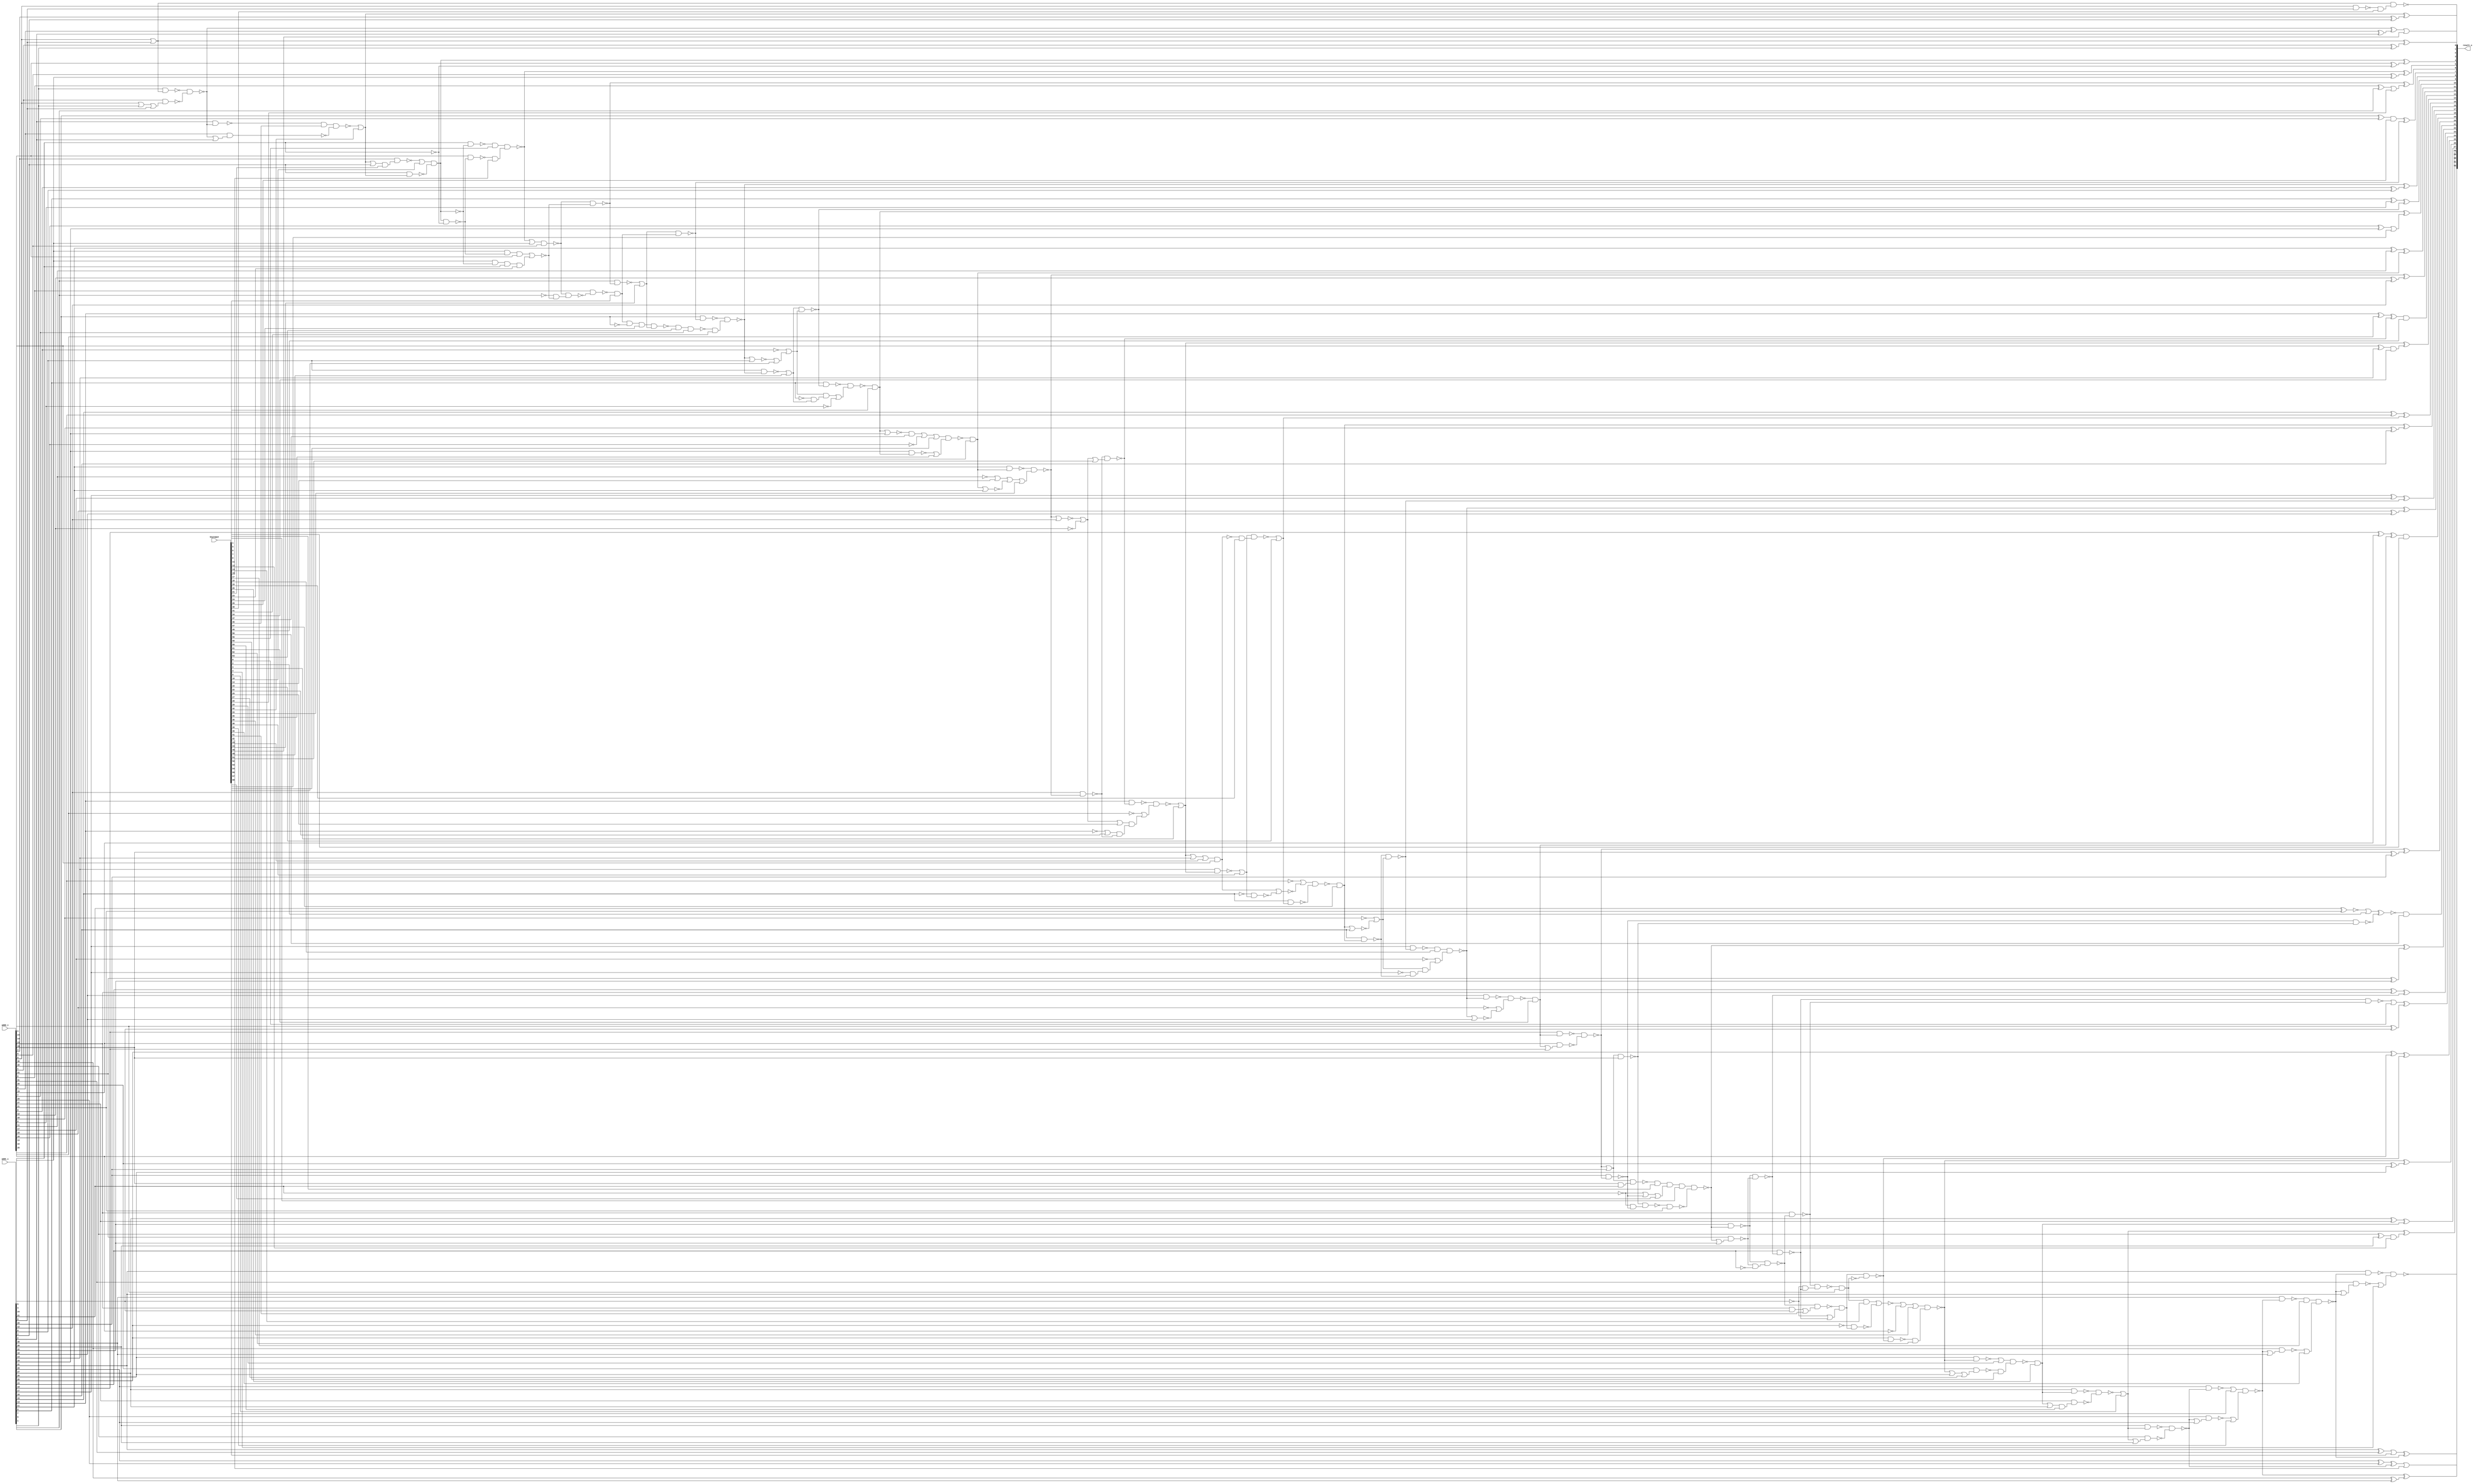
// Verilog File 
module carry_lookahead_adder32_aor_enc64(add1_i,add2_i,keyinput,result_o);

input [31:0] add1_i, add2_i;
input [63:0] keyinput;


output [32:0] result_o;

wire n659, n660, n663, xenc28, n664, n665, n666, xenc32, n669, 
n678, n679, n684, n685, xenc45, xenc9, xenc12, n691, n700, n701, 
xenc0, n711, n720, n721, n730, n731, n736, n737, n742, n743, 
xenc47, n753, xenc3, xenc34, n763, n772, n773, xenc11, xenc54, n783, 
n830, n826, n832, n828, n836, n838, n834, xenc56, xenc16, n803, 
n814, n802, n815, n816, n827, n817, xenc25, n818, n889, xenc22, 
n769, n819, n833, n820, n821, n839, n822, n749, xenc52, n823, 
n824, n829, n825, xenc48, n770, n785, n864, n788, n831, n750, 
n835, n740, n888, n890, n875, xenc14, n837, n775, xenc8, n745, 
xenc57, n673, n840, n841, xenc20, n842, n683, xenc42, n843, n715, 
n844, n705, n655, n846, xenc23, n845, n847, n729, n799, xenc13, 
n849, n876, n871, n848, n861, n707, n850, n851, n891, xenc43, 
n860, xenc38, n852, n747, n853, xenc61, xenc7, n854, xenc15, n726, 
n855, n767, xenc49, n856, n658, n857, xenc26, n662, n858, n656, 
n859, n717, n862, n714, n718, n863, xenc37, n780, n865, xenc41, 
n866, n867, n868, n712, n869, n870, n708, n873, n874, n872, 
n703, n880, n877, xenc6, xenc60, n722, n879, n727, n878, n881, 
n882, n724, n728, n725, xenc21, n805, xenc24, xenc44, n792, xenc1, 
n884, n883, n885, n886, n795, n887, n813, n798, n677, n676, 
n689, n688, n687, xenc51, n765, n755, n812, n811, n810, n670, 
xenc4, xenc29, xenc58, n695, n719, n760, n787, n794, n804, n806, 
n807, n809, n672, n671, xenc27, n698, xenc36, xenc62, n754, n752, 
xenc46, n808, n668, n732, n733, n734, n774, xenc33, n790, xenc31, 
xenc63, n791, n675, n739, n759, n761, n779, xenc17, xenc40, n735, 
xenc19, n757, xenc53, xenc35, n777, xenc55, xenc39, n682, n681, n692, 
n693, n690, xenc59, xenc5, n723, xenc18, n764, n762, n784, n782, 
xenc10, xenc30, xenc2, xenc50, n680, n694, n697, n699, n702, n744, 
n793;

xor g0(result_o[8], n659, n660);
xor g1(n660, add2_i[8], add1_i[8]);
xor g2(result_o[6], n663, xenc28);
xor g3(n664, add2_i[6], add1_i[6]);
xor g4(result_o[5], n665, n666);
xor g5(n666, add2_i[5], add1_i[5]);
xor g6(result_o[3], xenc32, n669);
xor g7(n669, add2_i[3], add1_i[3]);
xor g8(result_o[30], n678, n679);
xor g9(n679, add2_i[30], add1_i[30]);
xor g10(xenc45, n684, n685);
xor g11(n685, add2_i[2], add1_i[2]);
xor g12(result_o[28], xenc9, xenc12);
xor g13(n691, add2_i[28], add1_i[28]);
xor g14(result_o[26], n700, n701);
xor g15(n701, add2_i[26], add1_i[26]);
xor g16(result_o[24], xenc0, n711);
xor g17(n711, add2_i[24], add1_i[24]);
xor g18(result_o[22], n720, n721);
xor g19(n721, add2_i[22], add1_i[22]);
xor g20(result_o[20], n730, n731);
xor g21(n731, add2_i[20], add1_i[20]);
xor g22(result_o[1], n736, n737);
xor g23(n737, add2_i[1], add1_i[1]);
xor g24(result_o[18], n742, n743);
xor g25(n743, add2_i[18], add1_i[18]);
xor g26(result_o[16], xenc47, n753);
xor g27(n753, add2_i[16], add1_i[16]);
xor g28(result_o[14], xenc3, xenc34);
xor g29(n763, add2_i[14], add1_i[14]);
xor g30(result_o[12], n772, n773);
xor g31(n773, add2_i[12], add1_i[12]);
xor g32(result_o[10], xenc11, xenc54);
xor g33(n783, add2_i[10], add1_i[10]);
or g34(n736, add2_i[0], add1_i[0]);
not g35(n830, add2_i[8]);
not g36(n826, add2_i[12]);
not g37(n832, add2_i[16]);
not g38(n828, add2_i[9]);
not g39(n836, add2_i[11]);
not g40(n838, add2_i[17]);
not g41(n834, add2_i[18]);
nand g42(n665, xenc56, xenc16);
nand g43(n814, add1_i[4], n803);
nand g44(n815, add2_i[4], n802);
or g45(n816, add2_i[0], add1_i[1]);
or g46(n817, n827, n826);
and g47(n889, xenc25, n818);
and g48(n818, xenc22, n769);
not g49(n819, add1_i[13]);
or g50(n820, n833, n832);
and g51(n839, n820, n821);
and g52(n821, n822, n749);
not g53(n822, add1_i[17]);
or g54(n823, xenc52, n830);
and g55(n829, n823, n824);
and g56(n824, n825, xenc48);
not g57(n825, add1_i[9]);
or g58(n770, n826, n827);
nor g59(n827, n772, add1_i[12]);
or g60(n785, n829, n828);
not g61(n864, add2_i[10]);
or g62(n788, n830, xenc52);
nor g63(n831, n659, add1_i[8]);
or g64(n750, n832, n833);
nor g65(n833, xenc47, add1_i[16]);
or g66(n740, n834, n835);
nor g67(n835, n742, add1_i[18]);
not g68(n888, add2_i[13]);
not g69(n890, add2_i[15]);
not g70(n875, add2_i[25]);
or g71(n775, xenc14, n837);
nor g72(n837, xenc8, add1_i[11]);
or g73(n745, n838, n839);
xor g74(result_o[31], xenc57, n673);
xor g75(n840, add1_i[31], add2_i[31]);
xor g76(result_o[27], n841, xenc20);
xor g77(n841, add1_i[27], add2_i[27]);
xor g78(xenc42, n842, n683);
xor g79(n842, add1_i[29], add2_i[29]);
xor g80(result_o[23], n843, n715);
xor g81(n843, add1_i[23], add2_i[23]);
xor g82(result_o[25], n844, n705);
xor g83(n844, add1_i[25], add2_i[25]);
not g84(n655, add1_i[4]);
nor g85(n845, n846, xenc23);
and g86(n846, add1_i[5], n802, add2_i[4]);
and g87(n847, add1_i[5], n803, add1_i[4]);
or g88(n729, n730, add1_i[20]);
or g89(n799, n665, add1_i[5]);
nor g90(n876, xenc13, n849);
and g91(n848, n871, add2_i[24]);
nand g92(n849, n861, n707);
nor g93(n891, n850, n851);
and g94(n850, xenc43, add2_i[14]);
nand g95(n851, n860, xenc38);
xor g96(result_o[17], n852, n747);
xor g97(n852, add1_i[17], add2_i[17]);
xor g98(xenc7, n853, xenc61);
xor g99(n853, add1_i[19], add2_i[19]);
xor g100(result_o[15], n854, xenc15);
xor g101(n854, add1_i[15], add2_i[15]);
xnor g102(n726, add1_i[21], add2_i[21]);
xor g103(xenc49, n855, n767);
xor g104(n855, add1_i[13], add2_i[13]);
xor g105(result_o[9], n856, n658);
xor g106(n856, add1_i[9], add2_i[9]);
xor g107(result_o[11], n857, xenc8);
xor g108(n857, add1_i[11], add2_i[11]);
xor g109(result_o[7], xenc26, n662);
xor g110(n858, add1_i[7], add2_i[7]);
xor g111(result_o[4], n656, n859);
xor g112(n859, add2_i[4], n655);
not g113(n860, add1_i[15]);
not g114(n861, add1_i[25]);
nand g115(n714, n717, n862);
and g116(n862, n718, n863);
not g117(n863, add1_i[23]);
or g118(n780, xenc37, n864);
nor g119(n865, xenc11, add1_i[10]);
nand g120(n866, n714, xenc41);
and g121(n707, n866, n867);
or g122(n867, n868, n712);
not g123(n868, add1_i[24]);
and g124(n869, add2_i[23], add1_i[24]);
nand g125(n870, add2_i[23], n714);
nand g126(n708, n871, add2_i[24]);
nand g127(n871, n873, n874);
nand g128(n872, n712, n870);
nand g129(n873, n714, add2_i[23]);
and g130(n874, n868, n712);
or g131(n703, n876, n875);
nand g132(n877, n729, n880);
and g133(n722, xenc6, xenc60);
or g134(n878, n879, n727);
not g135(n879, add1_i[21]);
and g136(n880, add2_i[20], add1_i[21]);
nand g137(n881, n729, add2_i[20]);
nand g138(n724, n881, n882);
and g139(n882, n879, n727);
nand g140(n725, n727, n728);
nand g141(n805, add2_i[3], xenc21);
nand g142(n792, xenc24, xenc44);
and g143(n883, xenc1, n884);
not g144(n884, add1_i[7]);
nand g145(n662, xenc44, xenc1);
nand g146(n885, n799, add2_i[5]);
nand g147(n795, n885, n886);
and g148(n886, n887, n845);
not g149(n887, add1_i[6]);
nand g150(n813, add2_i[0], add1_i[0]);
nand g151(n663, n798, n845);
nand g152(n676, add2_i[30], n677);
nand g153(n798, n799, add2_i[5]);
nand g154(n688, add2_i[28], n689);
nand g155(n683, n687, n688);
nand g156(n747, n749, n750);
nand g157(n767, n769, xenc51);
or g158(n765, n888, n889);
or g159(n755, n890, n891);
nand g160(n811, add2_i[1], n812);
nand g161(n684, n810, n811);
nand g162(n658, xenc48, n788);
nand g163(n705, n707, n708);
nand g164(result_o[32], n670, xenc4);
nand g165(n695, xenc29, xenc58);
nand g166(n718, add2_i[22], n719);
nand g167(n727, add1_i[20], n730);
nand g168(n760, add2_i[14], xenc43);
nand g169(n769, add1_i[12], n772);
nand g170(n787, add1_i[8], n659);
nand g171(n794, add2_i[6], n795);
nand g172(n804, add1_i[3], xenc32);
or g173(n806, xenc32, add1_i[3]);
nand g174(n807, add1_i[2], n684);
or g175(n809, n684, add1_i[2]);
nand g176(n728, add2_i[20], n729);
nand g177(n671, add2_i[31], n672);
nand g178(n698, add2_i[26], xenc27);
nand g179(n700, xenc36, xenc62);
nand g180(n752, n755, n754);
nand g181(n668, xenc46, n808);
nand g182(n808, add2_i[2], n809);
nand g183(n730, n732, n733);
nand g184(n733, add2_i[19], n734);
nand g185(n772, n774, xenc33);
nand g186(n659, n790, xenc31);
nand g187(n791, xenc63, add2_i[7]);
nand g188(n675, add1_i[30], n678);
or g189(n677, n678, add1_i[30]);
nand g190(n687, add1_i[28], xenc9);
or g191(n689, xenc9, add1_i[28]);
nand g192(n717, add1_i[22], n720);
or g193(n719, n720, add1_i[22]);
nand g194(n739, add1_i[18], n742);
nand g195(n759, add1_i[14], xenc3);
or g196(n761, xenc3, add1_i[14]);
nand g197(n779, add1_i[10], xenc11);
nand g198(n673, xenc17, xenc40);
nand g199(n715, n717, n718);
nand g200(n735, n739, n740);
nand g201(n757, xenc38, xenc19);
nand g202(n777, xenc53, xenc35);
nand g203(n802, n656, n655);
nand g204(n678, xenc55, xenc39);
nand g205(n681, add2_i[29], n682);
nand g206(n690, n692, n693);
nand g207(n693, add2_i[27], xenc59);
nand g208(n720, xenc5, n723);
nand g209(n723, n724, add2_i[21]);
nand g210(n742, xenc18, n745);
nand g211(n762, n764, n765);
nand g212(n782, n784, n785);
nand g213(n803, xenc10, n804);
nand g214(result_o[0], n736, xenc30);
xnor g215(xenc50, xenc2, n725);
nand g216(n670, add1_i[31], n673);
or g217(n672, n673, add1_i[31]);
nand g218(n680, add1_i[29], n683);
or g219(n682, n683, add1_i[29]);
nand g220(n692, add1_i[27], xenc20);
or g221(n694, xenc20, add1_i[27]);
nand g222(n697, add1_i[26], n700);
or g223(n699, n700, add1_i[26]);
nand g224(n702, add1_i[25], n705);
nand g225(n712, add1_i[23], n715);
nand g226(n732, add1_i[19], xenc61);
or g227(n734, xenc61, add1_i[19]);
nand g228(n744, add1_i[17], n747);
nand g229(n749, add1_i[16], xenc47);
nand g230(n754, add1_i[15], xenc15);
nand g231(n764, add1_i[13], n767);
nand g232(n774, add1_i[11], xenc8);
nand g233(n784, add1_i[9], n658);
nand g234(n790, add1_i[7], n662);
nand g235(n793, add1_i[6], n663);
not g236(n656, n803);
nand g237(n810, add1_i[1], n736);
or g238(n812, n816, add1_i[0]);
or g239(xenc0, n872, keyinput[0]);
and g240(xenc1, n794, keyinput[1]);
or g241(xenc2, n726, keyinput[2]);
or g242(xenc3, n762, keyinput[3]);
or g243(xenc4, n671, keyinput[4]);
and g244(xenc5, n722, keyinput[5]);
and g245(xenc6, n877, keyinput[6]);
and g246(result_o[19], xenc7, keyinput[7]);
and g247(xenc8, n777, keyinput[8]);
or g248(xenc9, n690, keyinput[9]);
or g249(xenc10, n805, keyinput[10]);
and g250(xenc11, n782, keyinput[11]);
and g251(xenc12, n691, keyinput[12]);
and g252(xenc13, n848, keyinput[13]);
or g253(xenc14, n836, keyinput[14]);
or g254(xenc15, n757, keyinput[15]);
and g255(xenc16, n815, keyinput[16]);
and g256(xenc17, n675, keyinput[17]);
and g257(xenc18, n744, keyinput[18]);
and g258(xenc19, n760, keyinput[19]);
and g259(xenc20, n695, keyinput[20]);
and g260(xenc21, n806, keyinput[21]);
or g261(xenc22, n819, keyinput[22]);
and g262(xenc23, n847, keyinput[23]);
and g263(xenc24, n883, keyinput[24]);
or g264(xenc25, n817, keyinput[25]);
and g265(xenc26, n858, keyinput[26]);
or g266(xenc27, n699, keyinput[27]);
or g267(xenc28, n664, keyinput[28]);
or g268(xenc29, n697, keyinput[29]);
and g269(xenc30, n813, keyinput[30]);
and g270(xenc31, n791, keyinput[31]);
or g271(xenc32, n668, keyinput[32]);
or g272(xenc33, n775, keyinput[33]);
and g273(xenc34, n763, keyinput[34]);
or g274(xenc35, n779, keyinput[35]);
or g275(xenc36, n703, keyinput[36]);
and g276(xenc37, n865, keyinput[37]);
or g277(xenc38, n759, keyinput[38]);
or g278(xenc39, n681, keyinput[39]);
or g279(xenc40, n676, keyinput[40]);
or g280(xenc41, n869, keyinput[41]);
or g281(result_o[29], xenc42, keyinput[42]);
or g282(xenc43, n761, keyinput[43]);
or g283(xenc44, n793, keyinput[44]);
or g284(result_o[2], xenc45, keyinput[45]);
and g285(xenc46, n807, keyinput[46]);
and g286(xenc47, n752, keyinput[47]);
or g287(xenc48, n787, keyinput[48]);
and g288(result_o[13], xenc49, keyinput[49]);
and g289(result_o[21], xenc50, keyinput[50]);
or g290(xenc51, n770, keyinput[51]);
or g291(xenc52, n831, keyinput[52]);
or g292(xenc53, n780, keyinput[53]);
or g293(xenc54, n783, keyinput[54]);
or g294(xenc55, n680, keyinput[55]);
and g295(xenc56, n814, keyinput[56]);
or g296(xenc57, n840, keyinput[57]);
and g297(xenc58, n698, keyinput[58]);
and g298(xenc59, n694, keyinput[59]);
or g299(xenc60, n878, keyinput[60]);
and g300(xenc61, n735, keyinput[61]);
and g301(xenc62, n702, keyinput[62]);
and g302(xenc63, n792, keyinput[63]);
endmodule